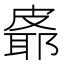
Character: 𪾉